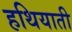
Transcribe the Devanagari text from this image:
हथियाती